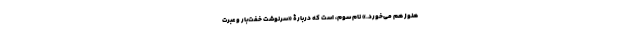
هنوز هم می‌خورَد.» نام سوم، است که دربارۀ «سرنوشت خفت‌بارِ و عبرت